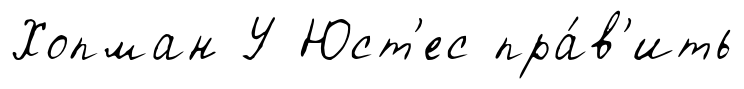
Хопман У Юст'ес пра́в'ить